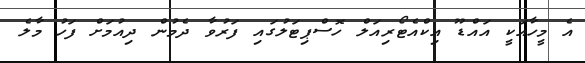
އެ މީހާއަކީ އައްޑޫ އިކްއެޓޯރިއަލް ހޮސްޕިޓަލުގައި ފަރުވާ ދެމުން ދިއުމަށް ފަހު މާލެ